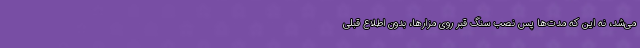
می‌شد، نه این که مدت‌ها پس نصب سنگ قبر روی مزارها، بدون اطلاع قبلی